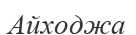
Айходжа